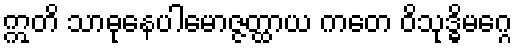
ဣတိ သာဓုနေပါမောဇ္ဇတ္ထာယ ကတေ ဝိသုဒ္ဓိမဂ္ဂေ